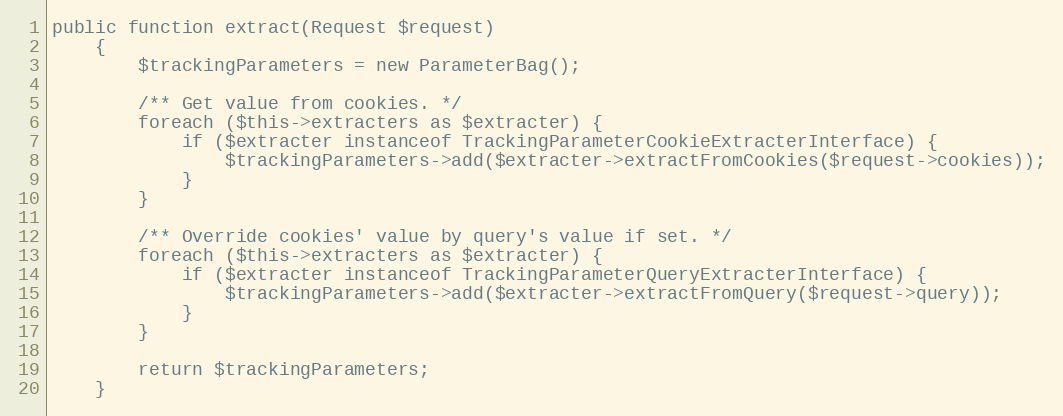
Language: PHP
public function extract(Request $request)
    {
        $trackingParameters = new ParameterBag();

        /** Get value from cookies. */
        foreach ($this->extracters as $extracter) {
            if ($extracter instanceof TrackingParameterCookieExtracterInterface) {
                $trackingParameters->add($extracter->extractFromCookies($request->cookies));
            }
        }

        /** Override cookies' value by query's value if set. */
        foreach ($this->extracters as $extracter) {
            if ($extracter instanceof TrackingParameterQueryExtracterInterface) {
                $trackingParameters->add($extracter->extractFromQuery($request->query));
            }
        }

        return $trackingParameters;
    }